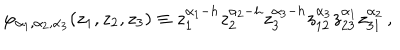
LaTeX: \varphi _ { \alpha _ { 1 } , \alpha _ { 2 } , \alpha _ { 3 } } ( z _ { 1 } , z _ { 2 } , z _ { 3 } ) \equiv z _ { 1 } ^ { \alpha _ { 1 } - h } z _ { 2 } ^ { \alpha _ { 2 } - h } z _ { 3 } ^ { \alpha _ { 3 } - h } z _ { 1 2 } ^ { \alpha _ { 3 } } z _ { 2 3 } ^ { \alpha _ { 1 } } z _ { 3 1 } ^ { \alpha _ { 2 } } \, ,